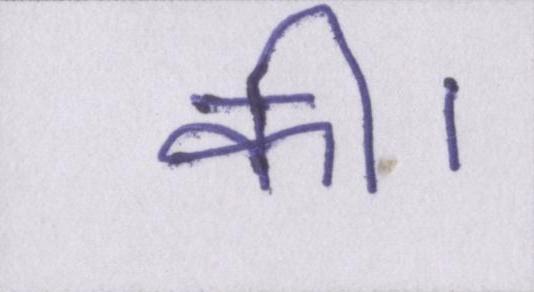
की।